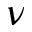
\protect \nu